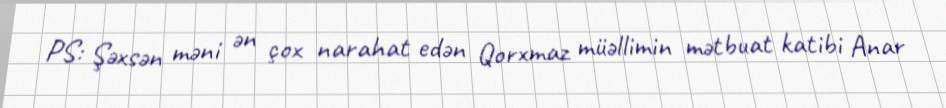
PS: Şəxsən məni ən çox narahat edən Qorxmaz müəllimin mətbuat katibi Anar